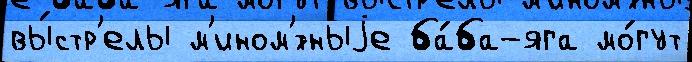
вы́стр'елы м'ином'́тныjе ба́ба-яга мо́гут